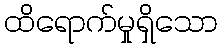
ထိရောက်မှုရှိသော